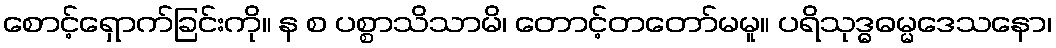
စောင့်ရှောက်ခြင်းကို။ န စ ပစ္စာသိသာမိ၊ တောင့်တတော်မမူ။ ပရိသုဒ္ဓဓမ္မဒေသနော၊